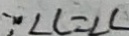
\because \angle C = \angle C